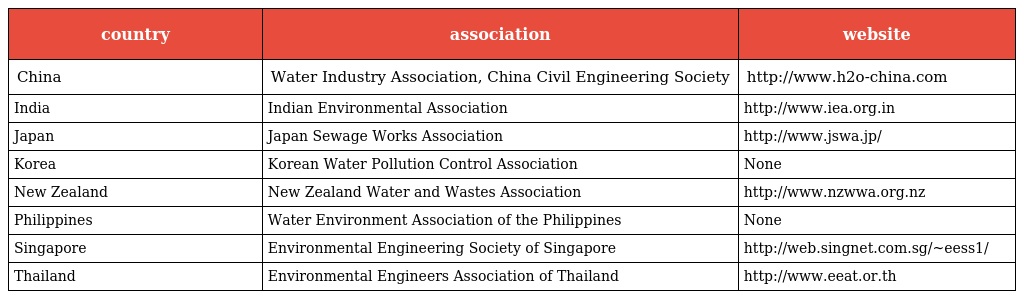
| country | association | website |
 | --- | --- | --- |
 | China | Water Industry Association, China Civil Engineering Society | http://www.h2o-china.com |
 | India | Indian Environmental Association | http://www.iea.org.in |
 | Japan | Japan Sewage Works Association | http://www.jswa.jp/ |
 | Korea | Korean Water Pollution Control Association | None |
 | New Zealand | New Zealand Water and Wastes Association | http://www.nzwwa.org.nz |
 | Philippines | Water Environment Association of the Philippines | None |
 | Singapore | Environmental Engineering Society of Singapore | http://web.singnet.com.sg/~eess1/ |
 | Thailand | Environmental Engineers Association of Thailand | http://www.eeat.or.th |